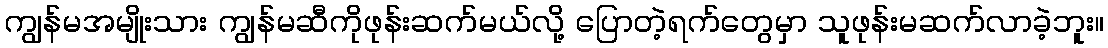
ကျွန်မအမျိုးသား ကျွန်မဆီကိုဖုန်းဆက်မယ်လို့ ပြောတဲ့ရက်တွေမှာ သူဖုန်းမဆက်လာခဲ့ဘူး။